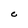
Character: C